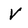
Character: v